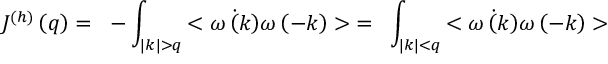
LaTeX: J ^ { ( h ) } \left( q \right) = ~ - \int _ { | k | > q } { < \dot { \omega \left( k \right) } \omega \left( - k \right) > } = ~ \int _ { | k | < q } { < \dot { \omega \left( k \right) } \omega \left( - k \right) > }